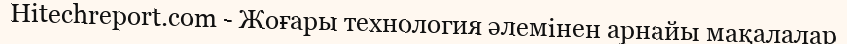
Hitechreport.com - Жоғары технология әлемінен арнайы мақалалар